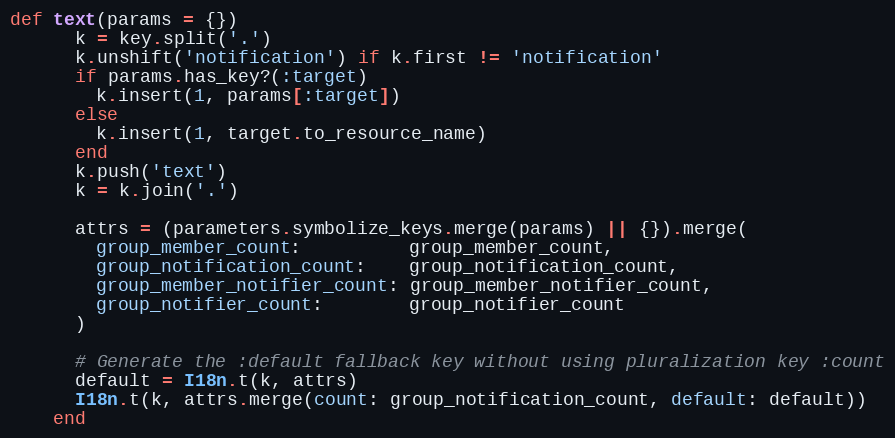
Language: Ruby
def text(params = {})
      k = key.split('.')
      k.unshift('notification') if k.first != 'notification'
      if params.has_key?(:target)
        k.insert(1, params[:target])
      else
        k.insert(1, target.to_resource_name)
      end
      k.push('text')
      k = k.join('.')

      attrs = (parameters.symbolize_keys.merge(params) || {}).merge(
        group_member_count:          group_member_count,
        group_notification_count:    group_notification_count,
        group_member_notifier_count: group_member_notifier_count,
        group_notifier_count:        group_notifier_count
      )

      # Generate the :default fallback key without using pluralization key :count
      default = I18n.t(k, attrs)
      I18n.t(k, attrs.merge(count: group_notification_count, default: default))
    end